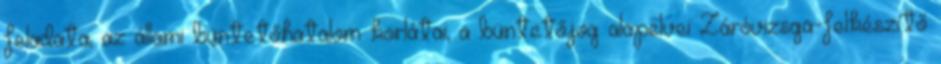
feladata; az állami büntetőhatalom korlátai; a büntetőjog alapelvei Záróvizsga-felkészítő